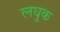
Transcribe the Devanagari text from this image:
लघुक